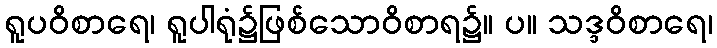
ရူပဝိစာရေ၊ ရူပါရုံ၌ဖြစ်သောဝိစာရ၌။ ပ။ သဒ္ဒဝိစာရေ၊